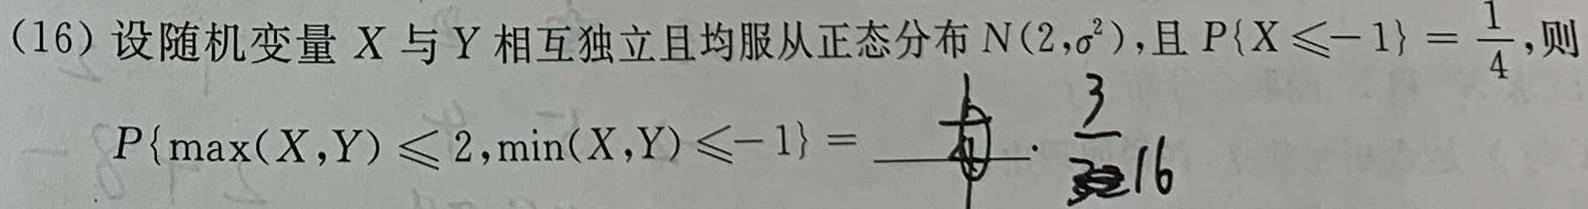
(16) 设随机变量 \(X\) 与 \(Y\) 相互独立且均服从正态分布 \(N(2,\sigma^{2})\), 且 \(P\{X\leq - 1\}=\frac{1}{4}\), 则 \(P\{\max(X,Y)\leq 2,\min(X,Y)\leq - 1\}=\)  \(\frac{3}{16}\) 。